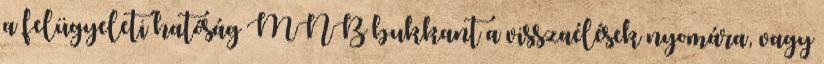
a felügyeleti hatóság MNB bukkant a visszaélések nyomára, vagy